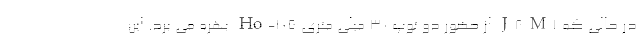
در حالی که J8M1 از حضور دو توپ 30 میلی متری Ho-105 بهره می برد. این